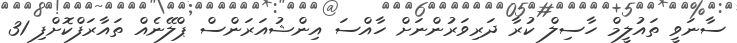
ސާނަވީ ތައުލީމް ހާސިލް ކުރާ ދަރިވަރުންނަށް ހާއްސަ އިންޝުއަރަންސް ޕްލޭނެއް ތައާރަފްކޮށްފި 31